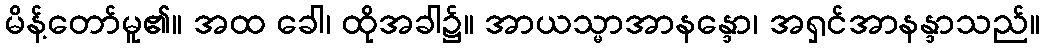
မိန့်တော်မူ၏။ အထ ခေါ၊ ထိုအခါ၌။ အာယသ္မာအာနန္ဒော၊ အရှင်အာနန္ဒာသည်။